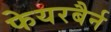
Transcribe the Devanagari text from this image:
फेयरबैर्न